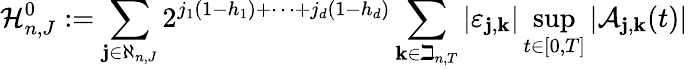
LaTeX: \mathcal{H}_{n,J}^{0}:=\sum_{\mathbf{j}\in\aleph_{n,J}}2^{j_{1}(1-h_{1})+\cdots+j_{d}(1-h_{d})}\sum_{\mathbf{k}\in\beth_{n,T}}\left|\varepsilon_{\mathbf{j},\mathbf{k}}\right|\operatorname*{sup}_{t\in[0,T]}\left|\mathcal{A}_{\mathbf{j},\mathbf{k}}(t)\right|